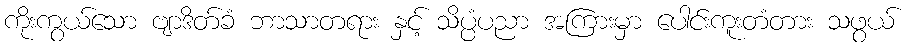
ကိုးကွယ်သော ဗျာဒိတ်ခံ ဘာသာတရား နှင့် သိပ္ပံပညာ အကြားမှာ ပေါင်းကူးတံတား သဖွယ်